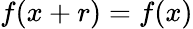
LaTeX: f(x+r)=f(x)